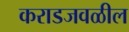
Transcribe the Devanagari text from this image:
कराडजवळील